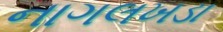
નાગલખડા